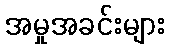
အမှုအခင်းများ